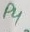
Text: P4